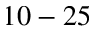
1 0 - 2 5